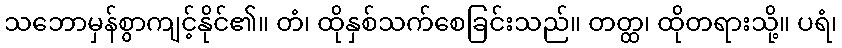
သဘောမှန်စွာကျင့်နိုင်၏။ တံ၊ ထိုနှစ်သက်စေခြင်းသည်။ တတ္ထ၊ ထိုတရားသို့။ ပရံ၊